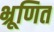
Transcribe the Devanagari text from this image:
भ्रूणित